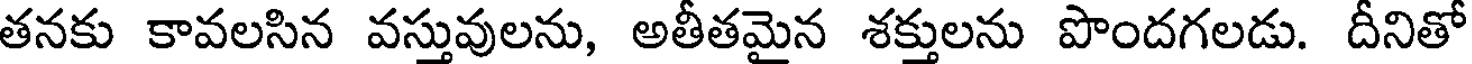
తనకు కావలసిన వస్తువులను, అతీతమైన శక్తులను పొందగలడు. దీనితో